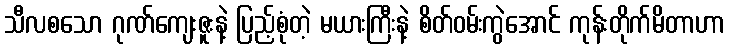
သီလစသော ဂုဏ်ကျေးဇူးနဲ့ ပြည့်စုံတဲ့ မယားကြီးနဲ့ စိတ်ဝမ်းကွဲအောင် ကုန်းတိုက်မိတာဟာ